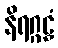
နိရဂ္ဂဠှံ